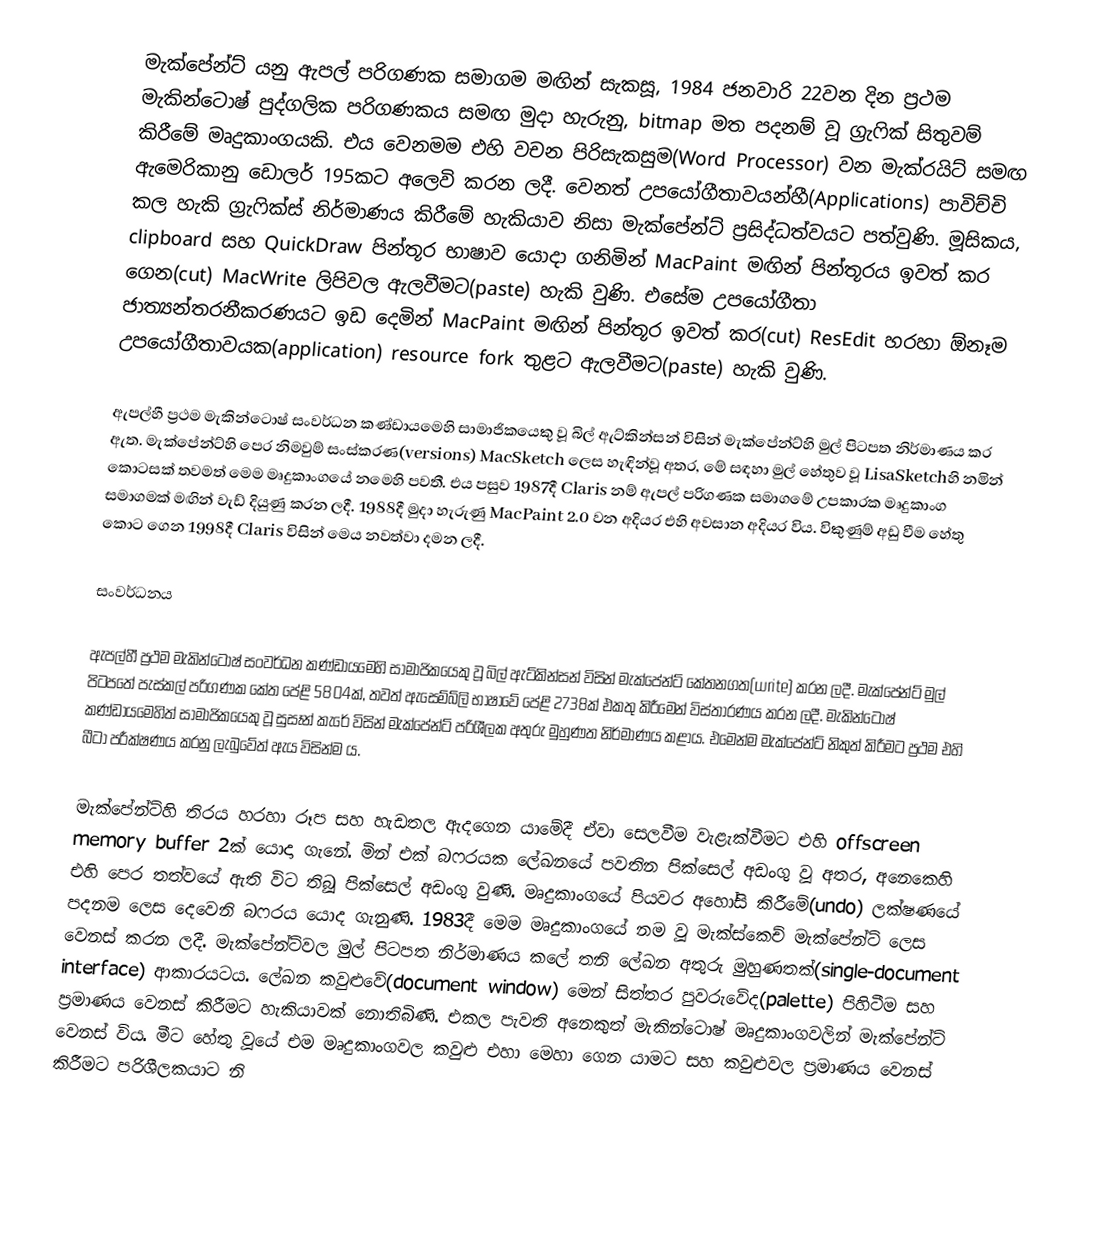
මැක්පේන්ට් යනු ඇපල් පරිගණක සමාගම මඟින් සැකසූ, 1984 ජනවාරි 22වන දින ප්‍රථම මැකින්ටොෂ් පුද්ගලික පරිගණකය සමඟ මුදා හැරුනු, bitmap මත පදනම් වූ ග්‍රැෆික් සිතුවම් කිරීමේ මෘදුකාංගයකි. එය වෙනමම එහි වචන පිරිසැකසුම(Word Processor) වන මැක්රයිට් සමඟ ඇමෙරිකානු ඩොලර් 195කට අලෙවි කරන ලදී. වෙනත් උපයෝගීතාවයන්හී(Applications) පාවිච්චි කල හැකි ග්‍රැෆික්ස් නිර්මාණය කිරීමේ හැකියාව නිසා මැක්පේන්ට් ප්‍රසිද්ධත්වයට පත්වුණි. මූසිකය, clipboard සහ QuickDraw පින්තූර භාෂාව යොදා ගනිමින් MacPaint මඟින් පින්තූරය ඉවත් කර ගෙන(cut) MacWrite ලිපිවල ඇලවීමට(paste) හැකි වුණි.   එසේම උපයෝගීතා ජාත්‍යන්තරනීකරණයට ඉඩ දෙමින් MacPaint මඟින් පින්තූර ඉවත් කර(cut)  ResEdit හරහා ඕනෑම උපයෝගීතාවයක(application) resource fork තුළට ඇලවීමට(paste) හැකි වුණි.

ඇපල්හී ප්‍රථම මැකින්ටොෂ් සංවර්ධන කණ්ඩායමෙහි සාමාජිකයෙකු වූ බිල් ඇට්කින්සන් විසින් මැක්පේන්ට්හි මුල් පිටපත නිර්මාණය කර ඇත. මැක්පේන්ට්හි පෙර නිමවුම් සංස්කරණ(versions) MacSketch ලෙස හැඳින්වූ අතර, මේ සඳහා මුල් හේතුව වූ LisaSketchහි නමින් කොටසක් තවමත් මෙම මෘදුකාංගයේ නමෙහි පවතී. එය පසුව 1987දී Claris නම් ඇපල් පරිගණක සමාගමේ උපකාරක මෘදුකාංග සමාගමක් මඟින් වැඩ් දියුණු කරන ලදී. 1988දී මුදා හැරුණු MacPaint 2.0 වන අදියර එහි අවසාන අදියර විය. විකුණුම් අඩු වීම හේතු කොට ගෙන 1998දී Claris විසින් මෙය නවත්වා දමන ලදී.

සංවර්ධනය

ඇපල්හී ප්‍රථම මැකින්ටොෂ් සංවර්ධන කණ්ඩායමෙහි සාමාජිකයෙකු වූ බිල් ඇට්කින්සන් විසින් මැක්පේන්ට් කේතනගත(write) කරන ලදී. මැක්පේන්ට් මුල් පිටපතේ පැස්කල් පරිගණක කේත පේළි 5804ක්, තවත් ඇසෙම්බ්ලි භාෂාවේ  පේළි 2738ක් එකතු කිරීමෙන් විස්තාරණය කරන ලදී.  මැකින්ටොෂ් කණ්ඩායමෙහිත් සාමාජිකයෙකු වූ සුසෑන් කැරේ විසින් මැක්පේන්ට් පරිශීලක අතුරු මුහුණත නිර්මාණය කළාය.  එමෙන්ම මැක්පේන්ට් නිකුත් කිරීමට ප්‍රථම එහි බීටා පරීක්ෂණය කරනු ලැබුවේත් ඇය විසින්ම ය.

මැක්පේන්ට්හි  තිරය හරහා රූප සහ හැඩතල ඇදගෙන යාමේදී ඒවා සෙලවීම වැළැක්වීමට එහි offscreen memory buffer 2ක් යොදා ගැනේ. මින් එක් බෆරයක ලේඛනයේ පවතින පික්සෙල් අඩංගු වූ අතර, අනෙකෙහි එහි පෙර තත්වයේ ඇති විට තිබූ පික්සෙල් අඩංගු වුණි. මෘදුකාංගයේ පියවර අහෝසි කිරීමේ(undo) ලක්ෂණයේ පදනම ලෙස දෙවෙනි බෆරය යොද ගැනුණි. 1983දී මෙම මෘදුකාංගයේ නම වූ මැක්ස්කෙච් මැක්පේන්ට් ලෙස වෙනස් කරන ලදී. මැක්පේන්ට්වල මුල් පිටපත නිර්මාණය කලේ තනි ලේඛන අතුරු මුහුණතක්(single-document interface) ආකාරයටය. ලේඛන කවුළුවේ(document window) මෙන් සිත්තර පුවරුවේද(palette) පිහිටීම සහ ප්‍රමාණය වෙනස් කිරීමට හැකියාවක් නොතිබිණි. එකල පැවති අනෙකුත් මැකින්ටොෂ් මෘදුකාංගවලින් මැක්පේන්ට් වෙනස් විය. මීට හේතු වූයේ එම මෘදුකාංගවල කවුළු එහා මෙහා ගෙන යාමට සහ කවුළුවල ප්‍රමාණය වෙනස් කිරීමට පරිශීලකයාට නි